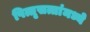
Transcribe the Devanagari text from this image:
पित्तृसत्तांमध्ये